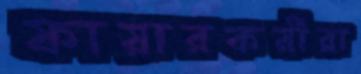
ফায়ারকর্মীরা